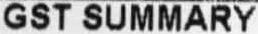
GST SUMMARY